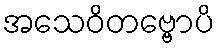
အသေဝိတဗ္ဗောပိ